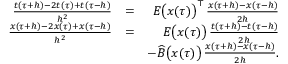
\begin{array} { r l r } { \frac { t ( \tau + h ) - 2 t ( \tau ) + t ( \tau - h ) } { h ^ { 2 } } } & { = } & { E \bigl ( x ( \tau ) \bigr ) ^ { \top } \, \frac { x ( \tau + h ) - x ( \tau - h ) } { 2 h } } \\ { \frac { x ( \tau + h ) - 2 x ( \tau ) + x ( \tau - h ) } { h ^ { 2 } } } & { = } & { E \bigl ( x ( \tau ) \bigr ) \, \frac { t ( \tau + h ) - t ( \tau - h ) } { 2 h } } \\ & { } & { - \widehat B \bigl ( x ( \tau ) \bigr ) \, \frac { x ( \tau + h ) - x ( \tau - h ) } { 2 h } . } \end{array}